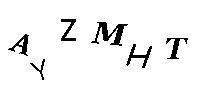
AYZMHT